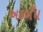
અકબઁધ